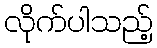
လိုက်ပါသည့်